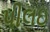
પીલઇ